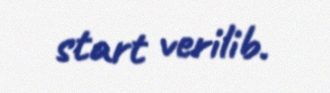
start verilib.